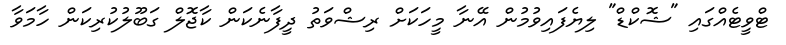
ޓްވީޓެއްގައި "ޝޮކްޑް" ލިޔެފައިވުމުން އޭނާ މީހަކަށް ރިޝްވަތު ދީފާނެކަން ކާޖޮލް ގަބޫލުކުރިކަން ހާމަވާ